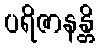
ပရိဇာနန္တိ